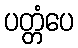
ပတ္တံပေ